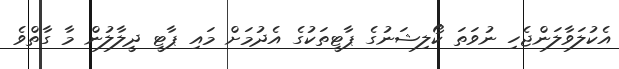
އެކުލަވާލަންޖެހި ނުވަތަ ކޯލިޝަނުގެ ޕާޓީތަކުގެ އެދުމަށް މައި ޕާޓީ ދީލާލުން މާ ގާތްވެ